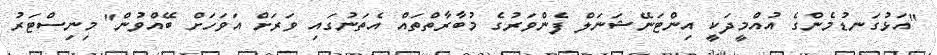
"އަޅުގަނޑުމެންގެ އުއްމީދަކީ އިންޓަނޭޝަނަލް ފެންވަރުގެ މުބާރާތްތައް އެތަނުގައި ވަރަށް އަވަހަށް ބޭއްވުން" މިނިސްޓަރު